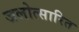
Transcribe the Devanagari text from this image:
जलोत्सारित